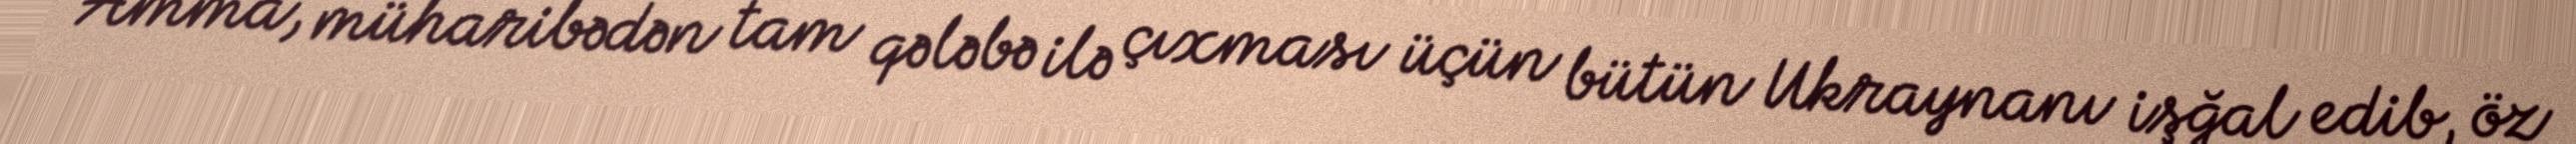
Amma, müharibədən tam qələbə ilə çıxması üçün bütün Ukraynanı işğal edib, öz